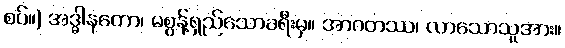
စပ်။) အဒ္ဓါနတော၊ မစွန့်ရှည်သောခရီးမှ။ အာဂတဿ၊ လာသောသူအား။